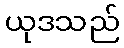
ယုဒသည်